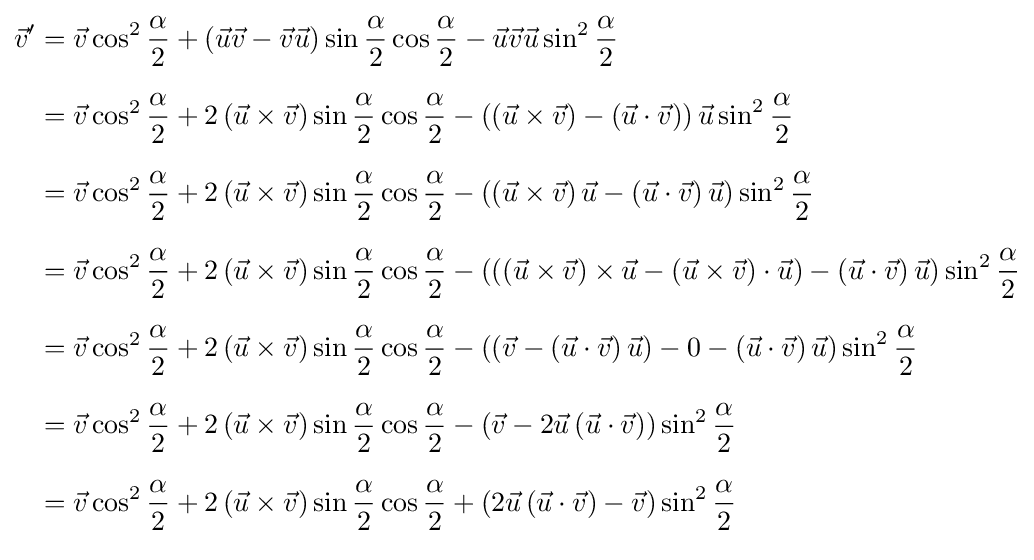
{\begin{aligned}{\vec {v}}'&={\vec {v}}\cos ^{2}{\frac {\alpha }{2}}+\left({\vec {u}}{\vec {v}}-{\vec {v}}{\vec {u}}\right)\sin {\frac {\alpha }{2}}\cos {\frac {\alpha }{2}}-{\vec {u}}{\vec {v}}{\vec {u}}\sin ^{2}{\frac {\alpha }{2}}\\[6pt]&={\vec {v}}\cos ^{2}{\frac {\alpha }{2}}+2\left({\vec {u}}\times {\vec {v}}\right)\sin {\frac {\alpha }{2}}\cos {\frac {\alpha }{2}}-\left(\left({\vec {u}}\times {\vec {v}}\right)-\left({\vec {u}}\cdot {\vec {v}}\right)\right){\vec {u}}\sin ^{2}{\frac {\alpha }{2}}\\[6pt]&={\vec {v}}\cos ^{2}{\frac {\alpha }{2}}+2\left({\vec {u}}\times {\vec {v}}\right)\sin {\frac {\alpha }{2}}\cos {\frac {\alpha }{2}}-\left(\left({\vec {u}}\times {\vec {v}}\right){\vec {u}}-\left({\vec {u}}\cdot {\vec {v}}\right){\vec {u}}\right)\sin ^{2}{\frac {\alpha }{2}}\\[6pt]&={\vec {v}}\cos ^{2}{\frac {\alpha }{2}}+2\left({\vec {u}}\times {\vec {v}}\right)\sin {\frac {\alpha }{2}}\cos {\frac {\alpha }{2}}-\left(\left(\left({\vec {u}}\times {\vec {v}}\right)\times {\vec {u}}-\left({\vec {u}}\times {\vec {v}}\right)\cdot {\vec {u}}\right)-\left({\vec {u}}\cdot {\vec {v}}\right){\vec {u}}\right)\sin ^{2}{\frac {\alpha }{2}}\\[6pt]&={\vec {v}}\cos ^{2}{\frac {\alpha }{2}}+2\left({\vec {u}}\times {\vec {v}}\right)\sin {\frac {\alpha }{2}}\cos {\frac {\alpha }{2}}-\left(\left({\vec {v}}-\left({\vec {u}}\cdot {\vec {v}}\right){\vec {u}}\right)-0-\left({\vec {u}}\cdot {\vec {v}}\right){\vec {u}}\right)\sin ^{2}{\frac {\alpha }{2}}\\[6pt]&={\vec {v}}\cos ^{2}{\frac {\alpha }{2}}+2\left({\vec {u}}\times {\vec {v}}\right)\sin {\frac {\alpha }{2}}\cos {\frac {\alpha }{2}}-\left({\vec {v}}-2{\vec {u}}\left({\vec {u}}\cdot {\vec {v}}\right)\right)\sin ^{2}{\frac {\alpha }{2}}\\[6pt]&={\vec {v}}\cos ^{2}{\frac {\alpha }{2}}+2\left({\vec {u}}\times {\vec {v}}\right)\sin {\frac {\alpha }{2}}\cos {\frac {\alpha }{2}}+\left(2{\vec {u}}\left({\vec {u}}\cdot {\vec {v}}\right)-{\vec {v}}\right)\sin ^{2}{\frac {\alpha }{2}}\\[6pt]\end{aligned}}